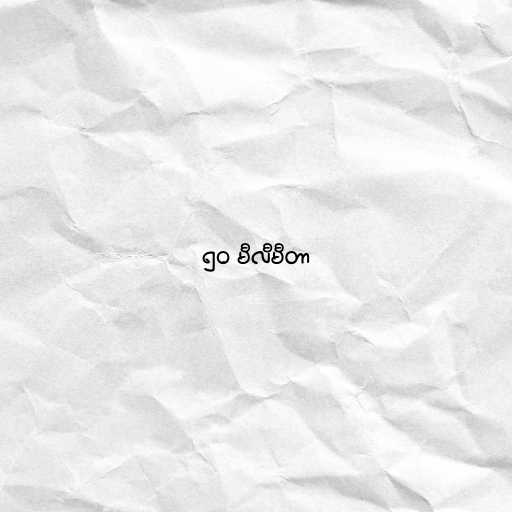
၅၀ မီလီမီတာ